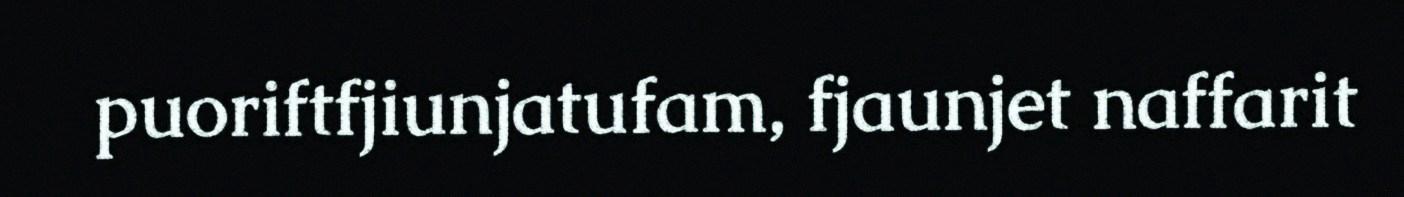
puoriftfjiunjatufam, fjaunjet naffarit